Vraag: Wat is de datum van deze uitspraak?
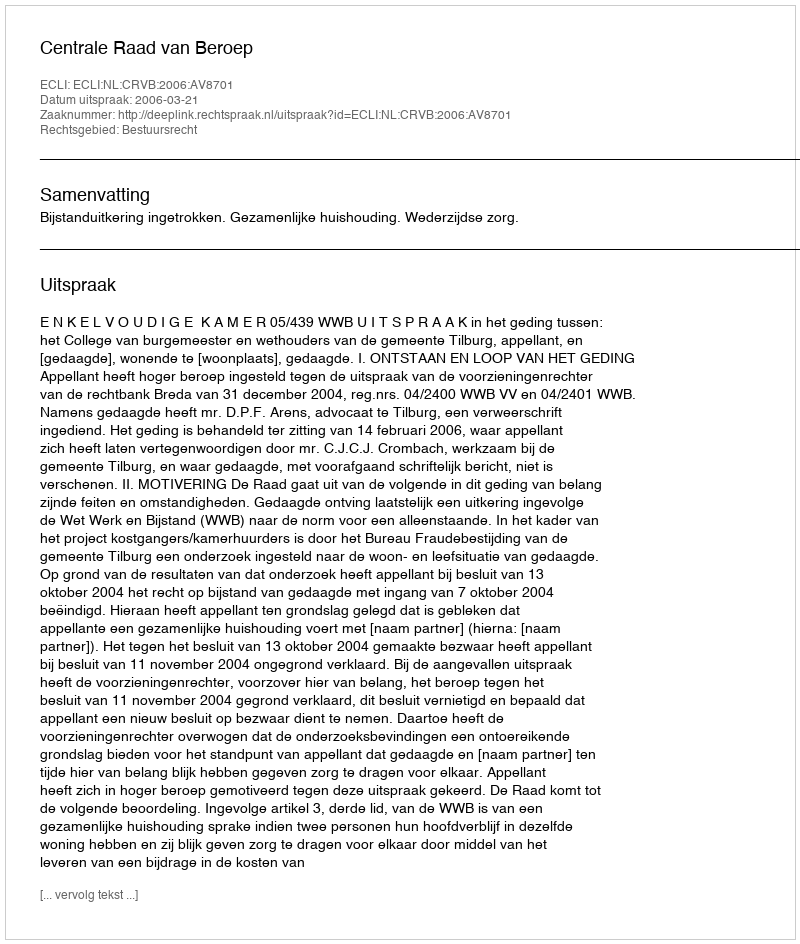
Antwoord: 2006-03-21